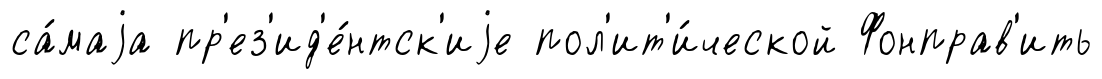
са́маjа пр'ез'ид'е́нтск'иjе пол'ит'и́ческой Фонправ'ить